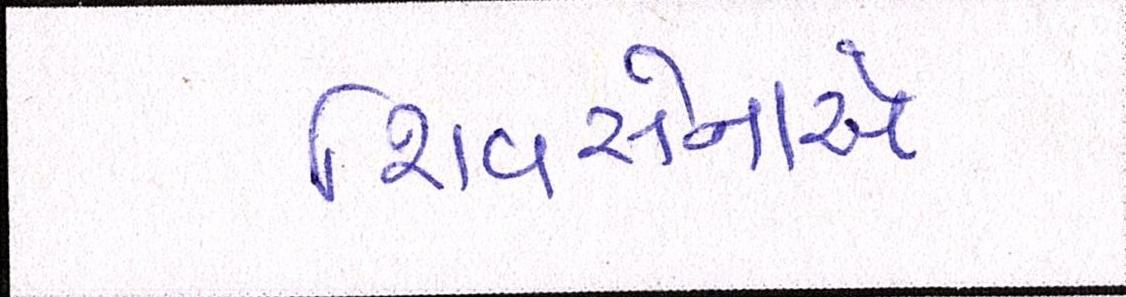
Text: શિવસેનાએ